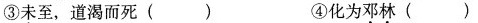
③未至，道渴而死 ( ) ④化为邓林 ( )